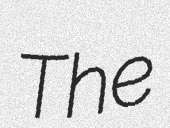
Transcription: The